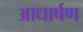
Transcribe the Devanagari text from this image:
आधार्षण